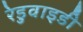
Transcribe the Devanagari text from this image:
रेडुवाइडी